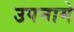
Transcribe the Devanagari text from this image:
उपनामे